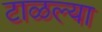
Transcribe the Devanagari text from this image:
टाळल्या